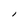
Character: l